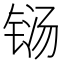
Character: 铴